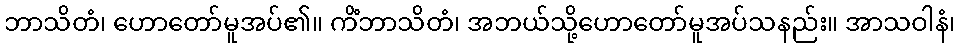
ဘာသိတံ၊ ဟောတော်မူအပ်၏။ ကိံဘာသိတံ၊ အဘယ်သို့ဟောတော်မူအပ်သနည်း။ အာသဝါနံ၊